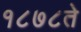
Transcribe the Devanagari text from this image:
१८७८ते